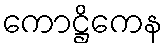
ကောဋ္ဌိကေန